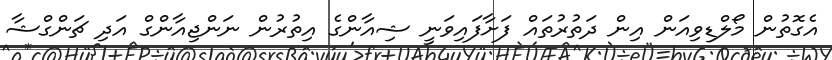
އެގޮތުން މޯލްޑިވިއަން އިން ދަތުރުތައް ފަށާފައިވަނީ ޝިއާންގެ އިތުރުން ނަންޖިއާންގް އަދި ޗަންގްޝާ